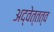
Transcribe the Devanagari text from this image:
अद्वेत्तत्व